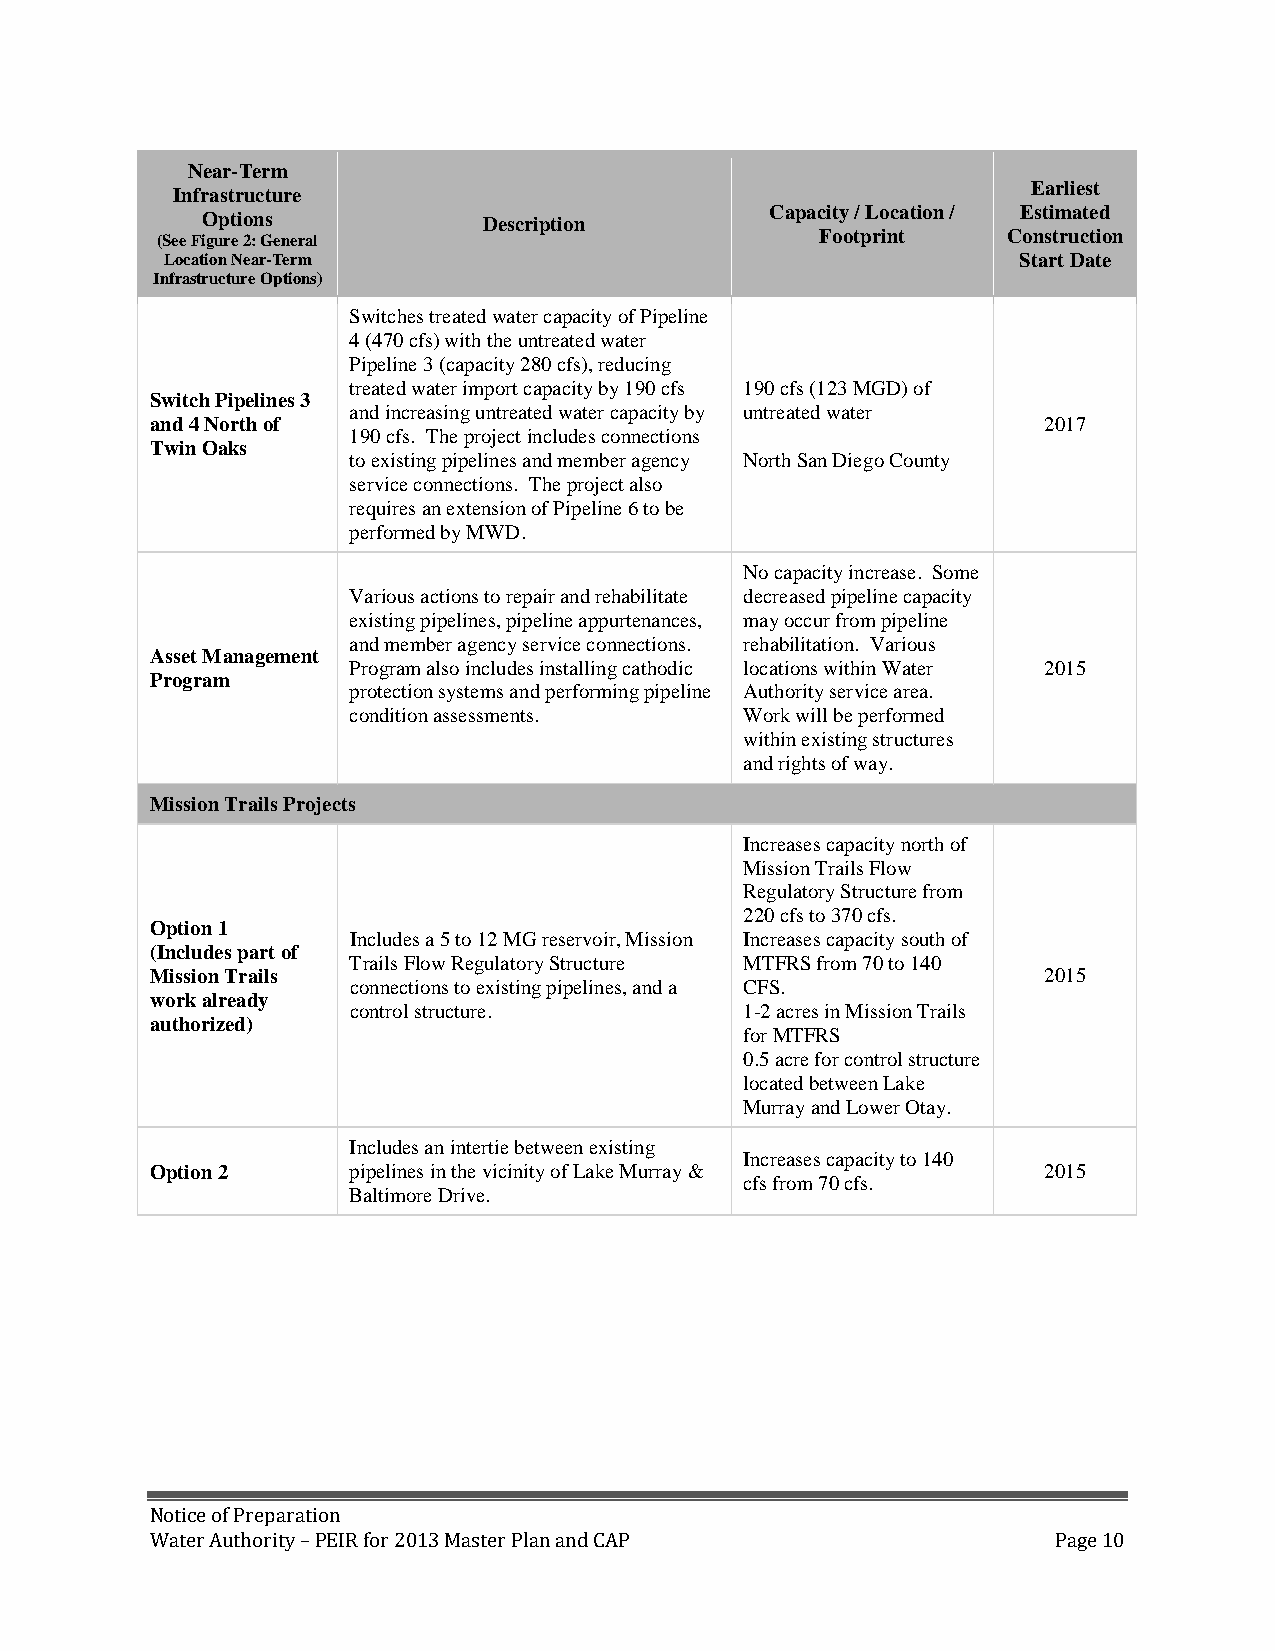
Near-Term
 Earliest
 Infrastructure
 Capacity / Location / Estimated
 Options            Description
 (See Figure 2: General                      Footprint    Construction
 Location Near-Term                                      Start Date
 Infrastructure Options)
 Switches treated water capacity of Pipeline
 4 (470 cfs) with the untreated water
 Pipeline 3 (capacity 280 cfs), reducing
 treated water import capacity by 190 cfs 190 cfs (123 MGD) of
 Switch Pipelines 3
 and increasing untreated water capacity by untreated water
 and 4 North of                                             2017
 190 cfs. The project includes connections
 Twin Oaks
 to existing pipelines and member agency North San Diego County
 service connections. The project also
 requires an extension of Pipeline 6 to be
 performed by MWD.
 No capacity increase. Some
 Various actions to repair and rehabilitate decreased pipeline capacity
 existing pipelines, pipeline appurtenances, may occur from pipeline
 and member agency service connections. rehabilitation. Various
 Asset Management
 Program also includes installing cathodic locations within Water 2015
 Program
 protection systems and performing pipeline Authority service area.
 condition assessments.    Work will be performed
 within existing structures
 and rights of way.
 Mission Trails Projects
 Increases capacity north of
 Mission Trails Flow
 Regulatory Structure from
 220 cfs to 370 cfs.
 Option 1
 Includes a 5 to 12 MG reservoir, Mission Increases capacity south of
 (Includes part of
 Trails Flow Regulatory Structure MTFRS from 70 to 140
 Mission Trails                                             2015
 connections to existing pipelines, and a CFS.
 work already
 control structure.        1-2 acres in Mission Trails
 authorized)
 for MTFRS
 0.5 acre for control structure
 located between Lake
 Murray and Lower Otay.
 Includes an intertie between existing
 Increases capacity to 140
 Option 2     pipelines in the vicinity of Lake Murray &    2015
 cfs from 70 cfs.
 Baltimore Drive.
 Notice of Preparation
 Water Authority – PEIR for 2013 Master Plan and CAP         Page 10